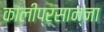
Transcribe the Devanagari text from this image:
कालीप्रसान्ना